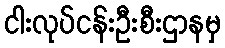
ငါးလုပ်ငန်းဦးစီးဌာနမှ